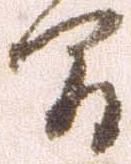
間